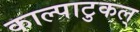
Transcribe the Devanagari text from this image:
काल्पाटुकल्